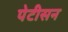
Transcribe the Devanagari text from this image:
पेटीसन